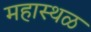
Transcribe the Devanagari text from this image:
महास्थळ